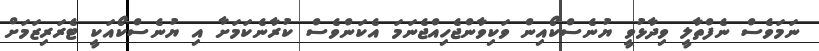
ނަމަވެސް ނެފްތާލީ ވިދާޅުވީ ޔުނެސްކޯއިން ވަކިވާންޖެހިއްޖެނަމަ އެކަންވެސް ކުރާނެކަމަށާ އި ޔުނެސްކޯއަކީ ޓެރަރިޒަމަށް